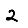
Digit: 2